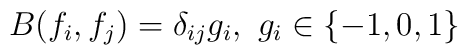
B(f_{i},f_{j}) = \delta _{ij}g_{i}, \  g_{i} \in \{-1,0,1 \}